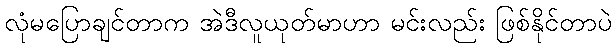
လုံမပြောချင်တာက အဲဒီလူယုတ်မာဟာ မင်းလည်း ဖြစ်နိုင်တာပဲ